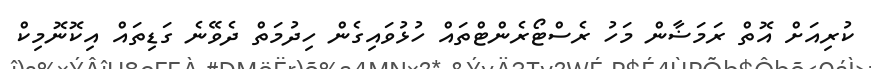
ކުރިއަށް އޮތް ރަމަޟާން މަހު ރެސްޓޯރެންޓްތައް ހުޅުވައިގެން ހިދުމަތް ދެވޭނެ ގަޑިތައް އިކޮނޮމިކް